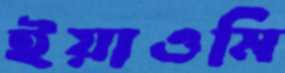
ইয়াওমি